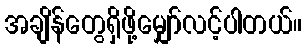
အချိန်တွေရှိဖို့မျှော်လင့်ပါတယ်။